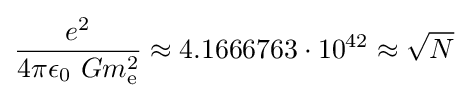
{\frac {e^{2}}{4\pi \epsilon _{0}\ Gm_{\text{e}}^{2}}}\approx 4.1666763\cdot 10^{42}\approx {\sqrt {N}}